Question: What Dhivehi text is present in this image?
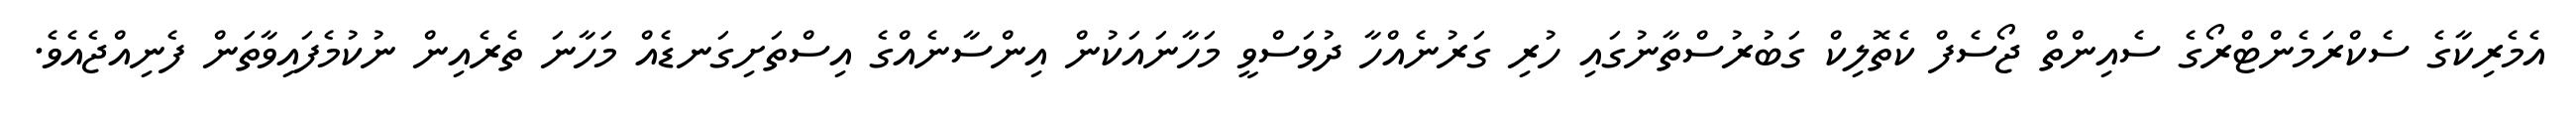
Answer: އެމެރިކާގެ ސެކްރަމެންޓްރޯގެ ސެއިންތް ޖޯސެފް ކެތޮލިކް ގަބުރުސްތާނުގައި ހުރި ގަރުނެއްހާ ދުވަސްވީ މަހާނައަކުން އިންސާނެއްގެ އިސްތަށިގަނޑެއް މަހާނަ ތެރެއިން ނުކުމެފައިވާތަން ފެނިއްޖެއެވެ.